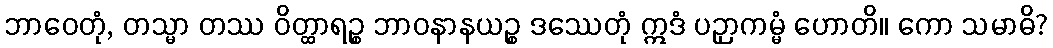
ဘာဝေတုံ, တသ္မာ တဿ ဝိတ္ထာရဉ္စ ဘာဝနာနယဉ္စ ဒဿေတုံ ဣဒံ ပဉှာကမ္မံ ဟောတိ။ ကော သမာဓိ?